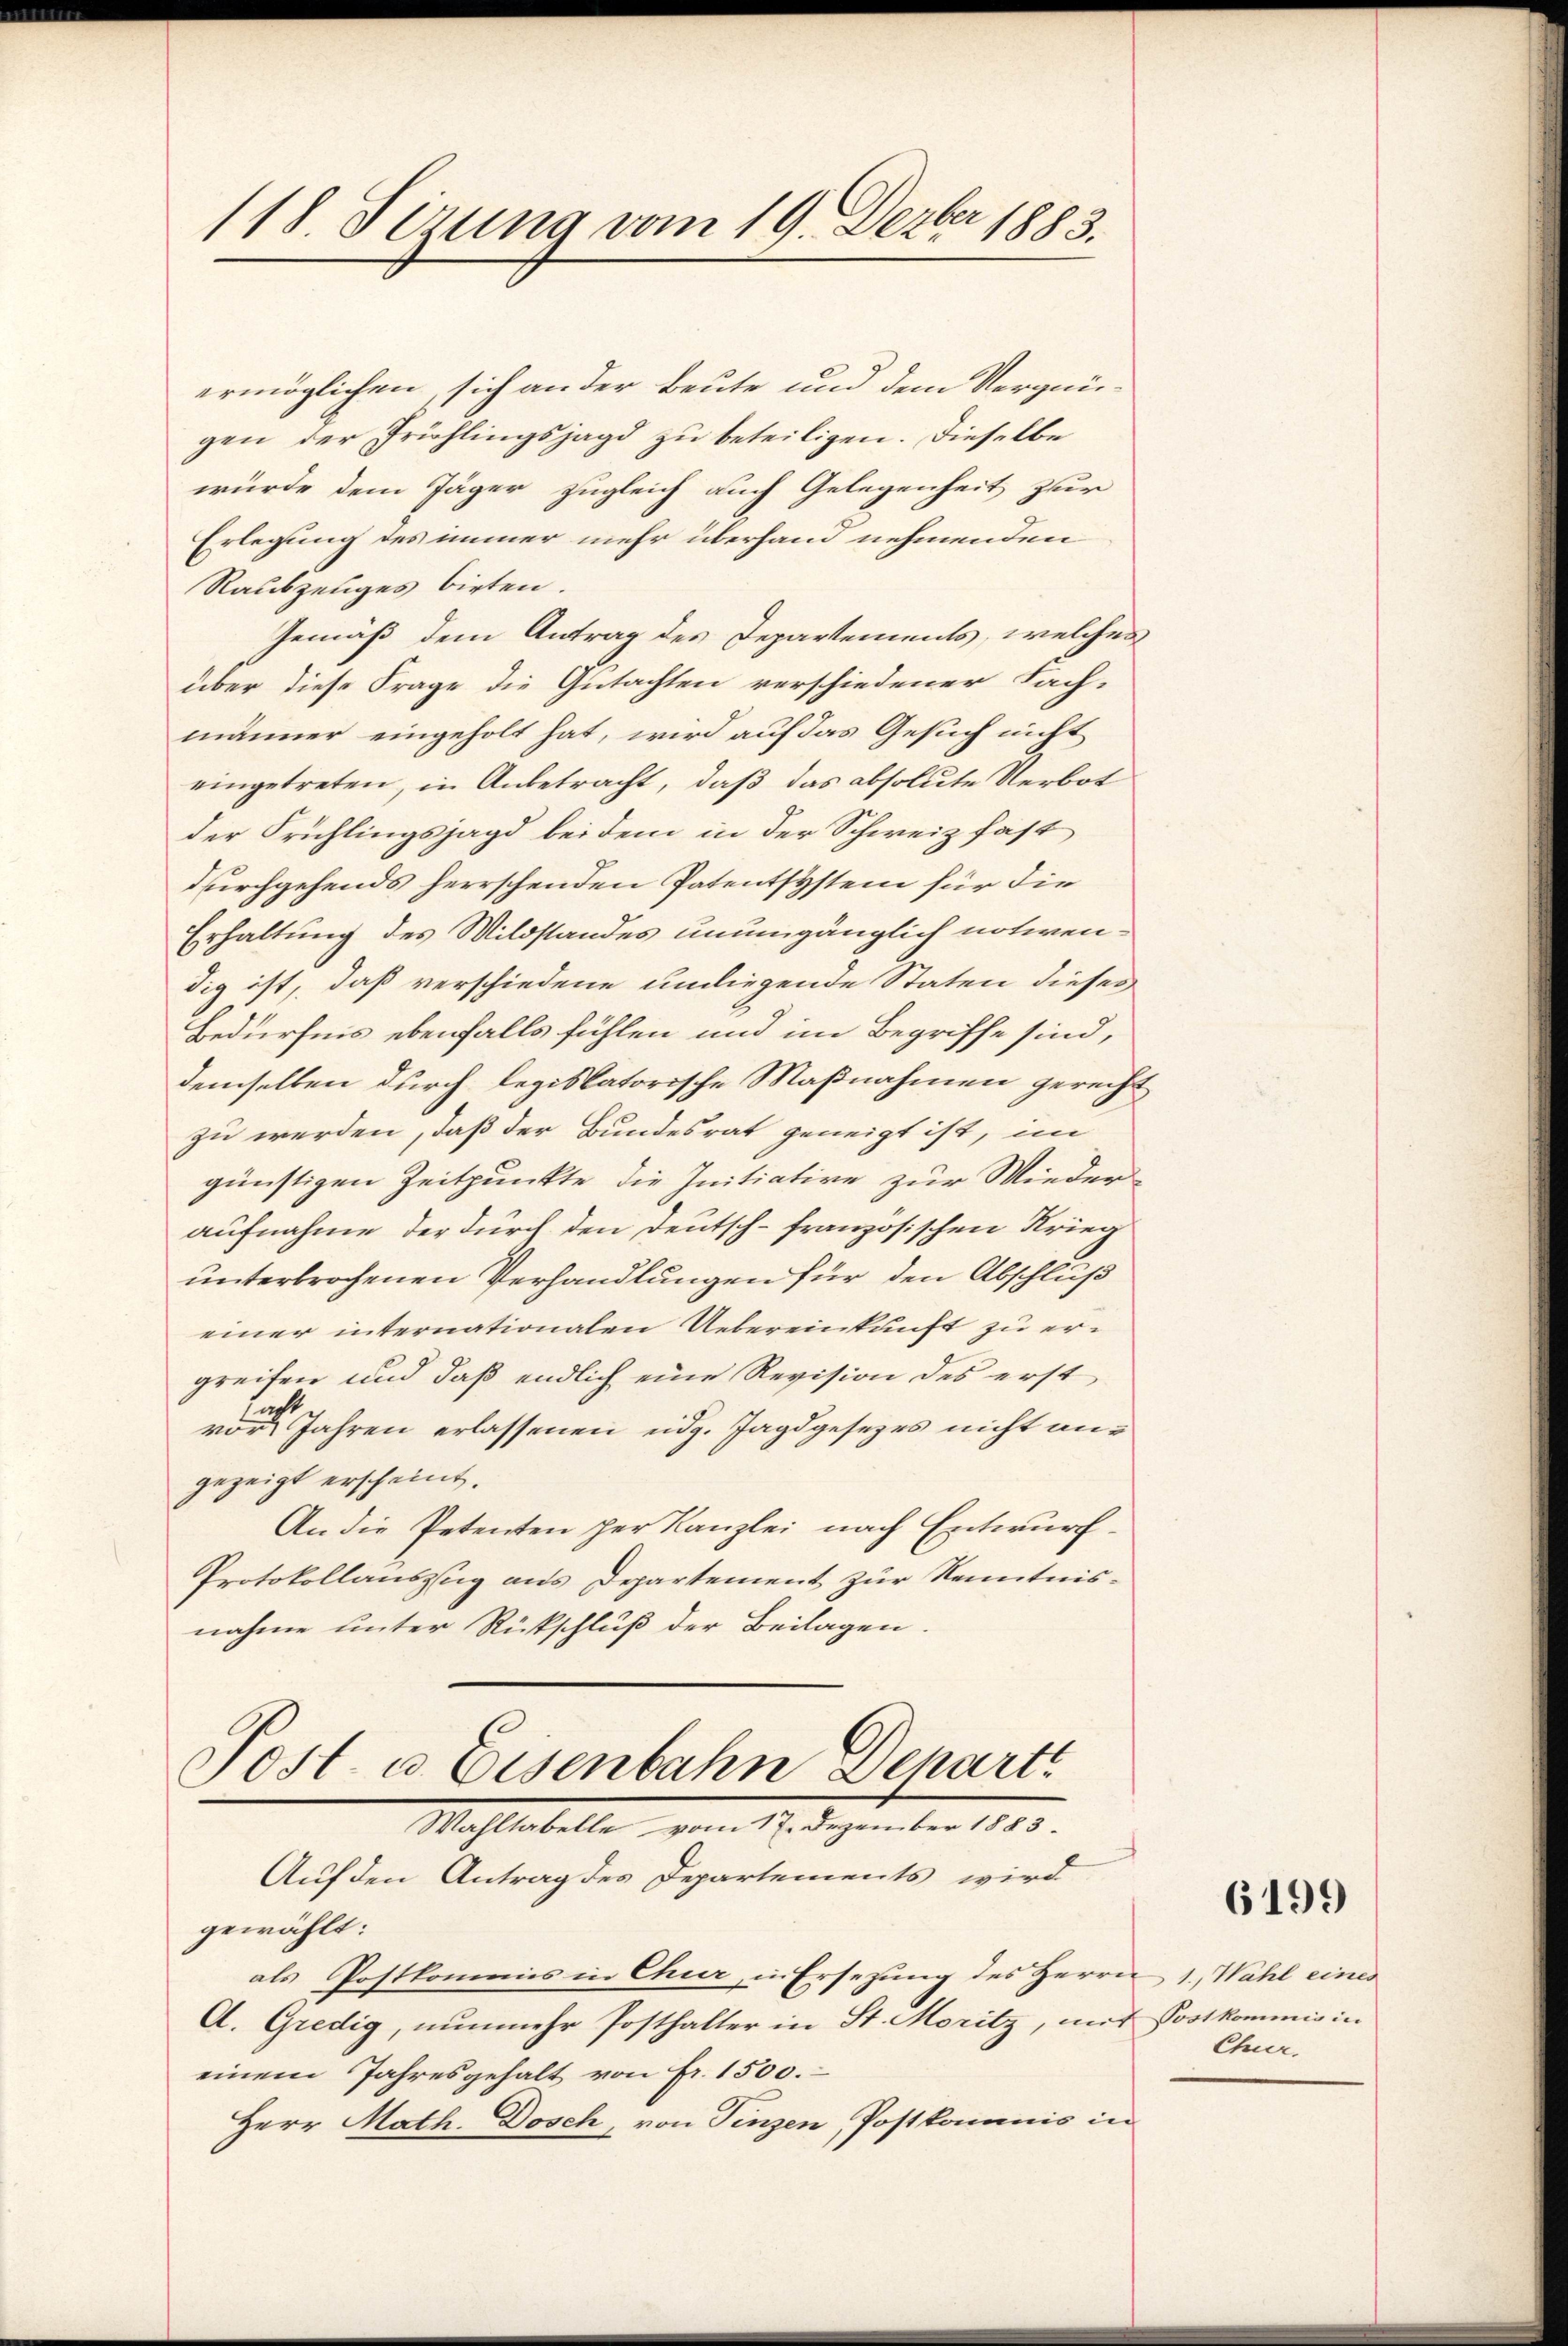
118 Sizung vom 19. Dezbr 1883.

ermöglichen, sich an der Beute und dem Vergnü-
gen der Frühlingsjagd zu beteiligen. Dieselbe
würde dem Jäger zugleich auch Gelegenheit zur
Erlegung des immer mehr überhand nehmenden
Raubszeuges bieten.
Gemäß dem Antrag des Departements, welches
über diese Frage die Gutachten verschiedener Fach-
männer eingeholt hat, wird auf das Gesuch nicht
eingetreten, in Anbetracht, daß das absolute Verbot
der Frühlingsjagd bei dem in der Schweiz fast
durchgehends herrschenden Patentsystem für die
Erhaltung des Wildstandes unumgänglich notwendig ist, daß verschiedene umliegende Staten dieses
Bedürfnis ebenfalls fühlen und im Begriffe sind,
demselben durch legislatorische Maßnahmen gerecht
zu werden, daß der Bundesrat geneigt ist, im
günstigen Zeitpunkte die Initiative zur Wieder
aufnahme der durch den Deutsch-französischen Krieg
unterbrochenen Verhandlungen für den Abschluß
einer internationalen Uebereinkunft zu ergreifen und daß endlich eine Revision des erst
nicht
vor Jahren erlassenen eidg. Jagdgesezes nicht angezeigt erscheint.
An die Petenten per Kanzlei nach Entwurf
Protokollauszug aus Departement zur Kenntnisnahme unter Rückschluß der Beilagen.

Jost u. Eisenbahn Departe
Wahltabelle vom 17. Dezember 1883.
Auf den Antrag des Departements wird

gewählt:
als Postkommis in Chur, in Ersezung des Herrn 1, Wahl eines
A. Gredig, nunmehr Posthalter in St. Moritz, mit Postkommis in
einem Jahresgehalt von Fr. 1500.
Herr Math. Dosch, von Pinzen Postkommis in

6199

Chur.